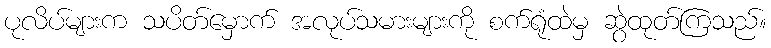
ပုလိပ်များက သပိတ်မှောက် အလုပ်သမားများကို စက်ရုံထဲမှ ဆွဲထုတ်ကြသည်။